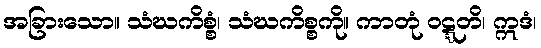
အခြားသော။ သံဃကိစ္စံ၊ သံဃကိစ္စကို။ ကာတုံ ဝဋ္ဋတိ၊ ဣဒံ၊